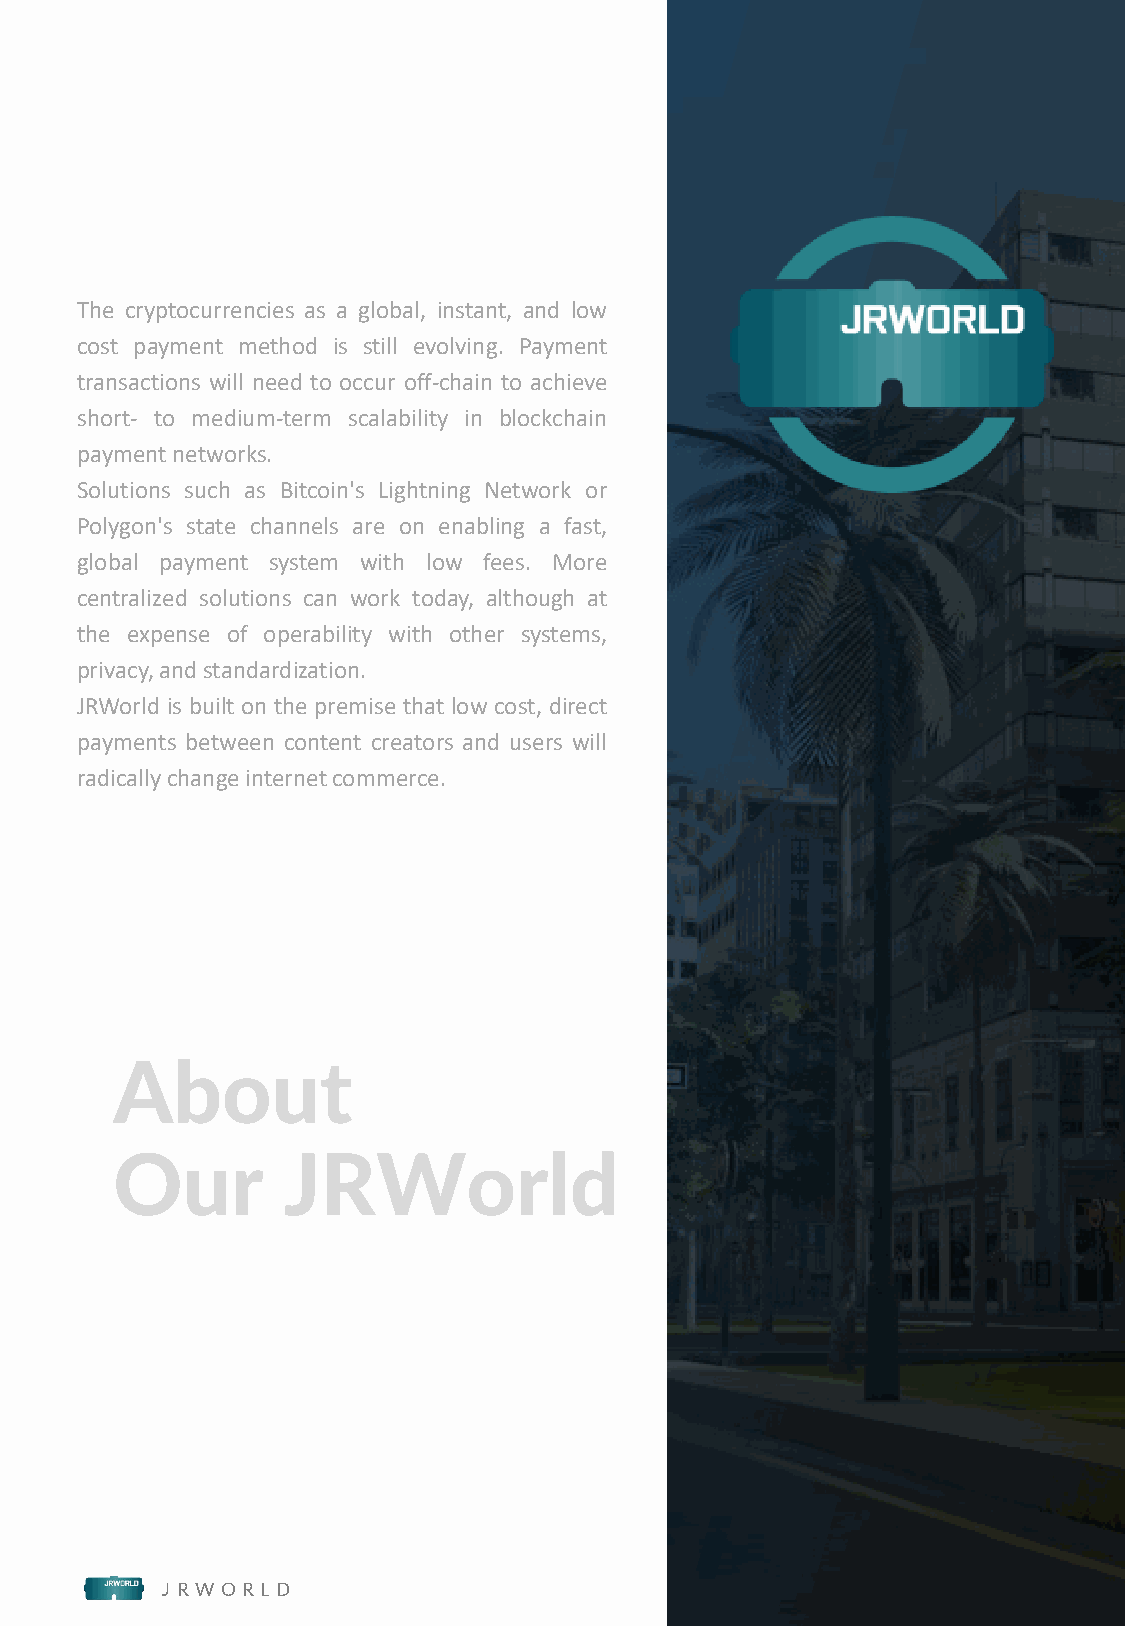
5
 The cryptocurrencies as a global, instant, and low
 cost payment method is still evolving. Payment
 transactions will need to occur off-chain to achieve
 short- to medium-term scalability in blockchain
 paymentnetworks.
 Solutions such as Bitcoin's Lightning Network or
 Polygon's state channels are on enabling a fast,
 global payment system with low fees. More
 centralized solutions can work today, although at
 the expense of operability with other systems,
 privacy,andstandardization.                                       w
 w
 JRWorld is built on the premise that low cost, direct             w
 .
 payments between content creators and users will                  j
 r
 w
 radicallychangeinternetcommerce.
 o
 r
 l
 d
 .
 o
 r
 g
 About
 Our         JRWorld
 J R W O R L D